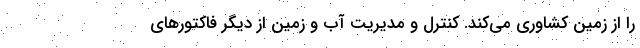
را از زمین کشاوری می‌کند. کنترل و مدیریت آب و زمین از دیگر فاکتور‌های